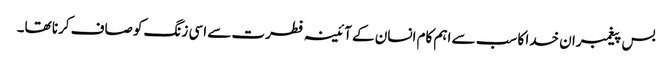
بس پیغمبران خدا کا سب سے اہم کام انسان کے آئینہ فطرت سے اسی زنگ کو صاف کرنا تھا۔